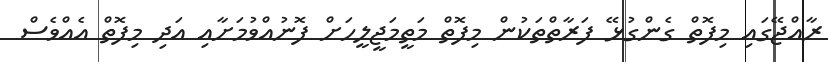
ރާއްޖޭގައި މިފޮތް ގެންގުޅޭ ފަރާތްތަކުން މިފޮތް މަތީމަޖީލީހަށް ފޮނުއްވުމަށާއި އަދި މިފޮތް އެއްވެސް